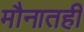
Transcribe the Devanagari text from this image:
मौनातही